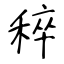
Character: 稡